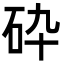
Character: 砕